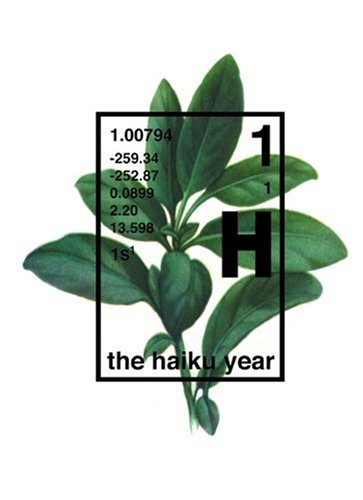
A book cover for The Haiku Year; Michael Stipe; Literature & Fiction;